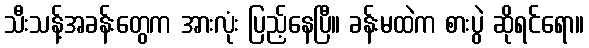
သီးသန့်အခန်းတွေက အားလုံး ပြည့်နေပြီ။ ခန်းမထဲက စားပွဲ ဆိုရင်ရော။